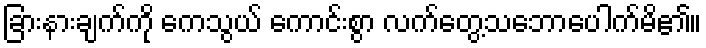
ခြားနားချက်ကို ကေသွယ် ကောင်းစွာ လက်တွေ့သဘောပေါက်မိ၏။